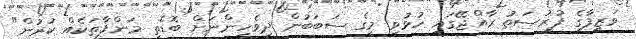
ވަޒީފާގެ ފުރުސަތު ރާއްޖޭގައި ހުޅުވި މީގެ ސަބަބުން ދިވެހިންނަށް ބޮޑެތި މަންފާތަކެއް ކުރުން"